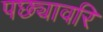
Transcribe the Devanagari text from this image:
पछ्यावरि